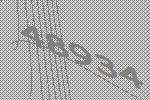
48934